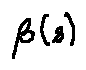
\beta ( s )